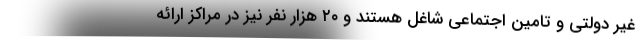
غیر دولتی و تامین اجتماعی شاغل هستند و ۲۰ هزار نفر نیز در مراکز ارائه